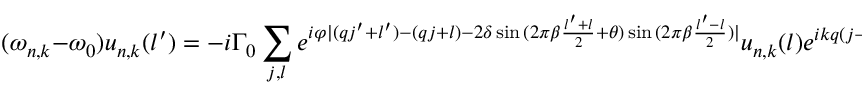
( \omega _ { n , k } - \omega _ { 0 } ) u _ { n , k } ( l ^ { \prime } ) = - i \Gamma _ { 0 } \sum _ { j , l } { e ^ { i \varphi | ( q j ^ { \prime } + l ^ { \prime } ) - ( q j + l ) - 2 \delta \sin { ( 2 \pi \beta \frac { l ^ { \prime } + l } { 2 } + \theta ) } \sin { ( 2 \pi \beta \frac { l ^ { \prime } - l } { 2 } ) } | } u _ { n , k } ( l ) e ^ { i k q ( j - j ^ { \prime } ) } } .